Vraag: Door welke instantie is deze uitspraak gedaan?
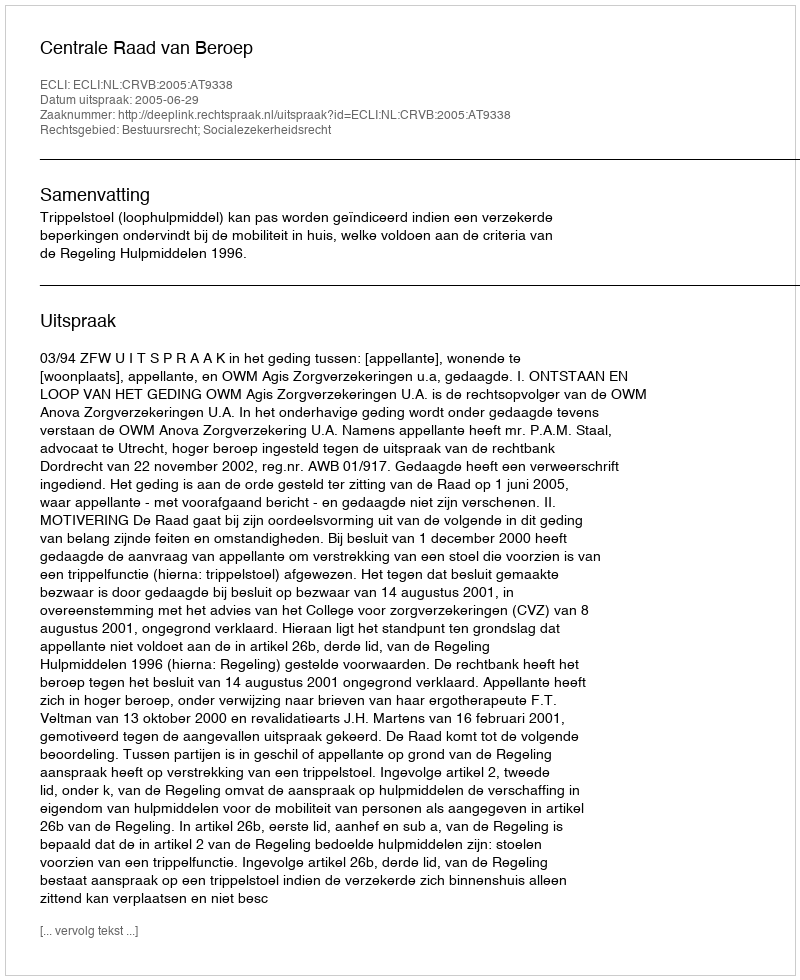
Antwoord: Centrale Raad van Beroep